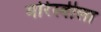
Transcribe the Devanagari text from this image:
मोरेस्बीला